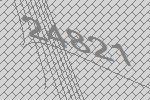
24821